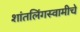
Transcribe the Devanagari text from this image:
शांतलिंगस्वामीचे